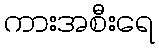
ကားအစီးရေ